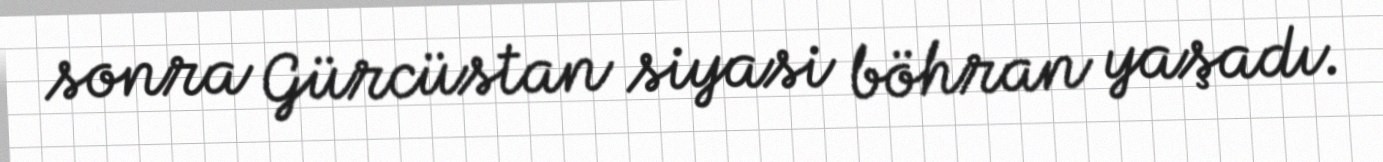
sonra Gürcüstan siyasi böhran yaşadı.